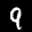
Label: 9